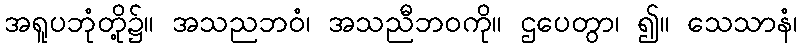
အရူပဘုံတို့၌။ အသညဘဝံ၊ အသညီဘဝကို။ ဌပေတွာ၊ ၍။ သေသာနံ၊